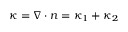
\kappa = \nabla \cdot \boldsymbol { n } = \kappa _ { 1 } + \kappa _ { 2 }